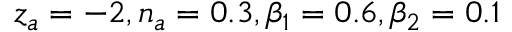
z _ { a } = - 2 , n _ { a } = 0 . 3 , \beta _ { 1 } = 0 . 6 , \beta _ { 2 } = 0 . 1